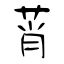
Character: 莦